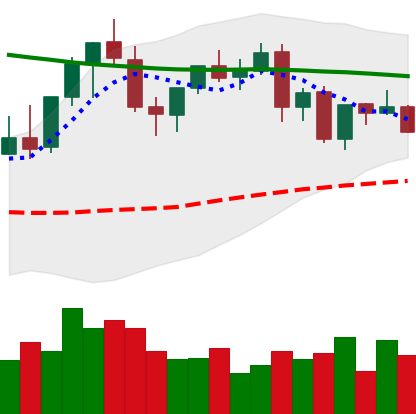
Ticker: EOS-USD
Chart end date: 2021-08-30
Forward return: 18.213%
Label: up_7plus